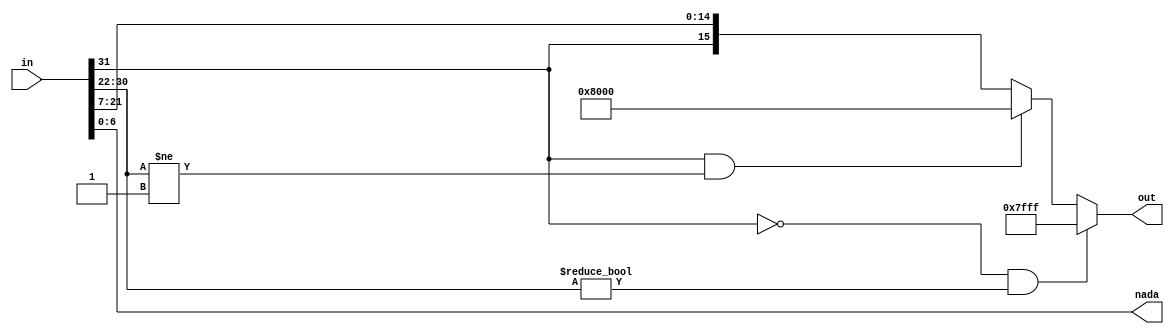
`timescale 1ns / 1ps
//////////////////////////////////////////////////////////////////////////////////
// Company: 
// Engineer: 
// 
// Design Name: 
// Module Name:    redondeo 
// Project Name: 
// Target Devices: 
// Tool versions: 
// Description: 
//
// Dependencies: 
//
// Revision: 
// Revision 0.01 - File Created
// Additional Comments: 
//
//////////////////////////////////////////////////////////////////////////////////

// REVISAR


/* module redondeo#(parameter cant_bits = 12, ent = 2, frac = 10)(
					input wire signed [(2*ent+2*frac)-1:0] in,
					output reg signed [cant_bits-1:0] out
    );

initial out = 0;

localparam [cant_bits-1:0]	ceros = 0,
									unos = ~ceros;
								
reg [(2*ent+2*frac)-1:0] aux;
assign aux = in;
	 
always @ *
	begin
		if(in[(2*ent+2*frac)-1]==0 && in[2*cant_bits-3:2*frac+ent]>0)			//overflow
			out = {1'b0,unos};
		else if(in[2*ent+2*frac]==1 && (in[2*ent+2*frac-1:(2*frac+ent)])==0)		//overflow negativo	
			out = {1'b1,ceros};			
		else
			out = {in[2*ent+2*frac],in[2*frac+ent-1:frac]};
	end
endmodule*/


module redondeo#(parameter cant_bits = 16, ent = 9, frac = 7)(
					input wire signed [2*cant_bits-1:0] in,           /// 26 bits
					output reg signed [cant_bits-1:0] out ,              /// 3 bits
					output wire [frac-1:0] nada					/// 12 bits
    );

localparam [cant_bits-2:0]	ceros = 0,        // 12 bits
									unos = ~ceros;
									
wire signed [2*cant_bits-1:0] aux;		//	26 bits

assign aux = in;
	 
always @*

	begin
	
	if(aux[2*cant_bits-1] == 0 && (aux[2*cant_bits-2:(2*frac+ent)-1]) != 0)		//overflow
			out = {1'b0,unos};
		else if(aux[2*cant_bits-1] == 1 && (aux[2*cant_bits-2:(2*frac+ent)-1]) != 1)		//overflow negativo	
			out = {1'b1,ceros};			
		else
			out = {aux[2*cant_bits-1],aux[2*frac+ent-2:frac]};
			
			
	end
	
	assign nada = aux[frac-1:0] ;
	
endmodule